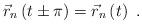
LaTeX: \begin{align*}\vec{r}_{n}\left( t\pm \pi \right) =\vec{r}_{n}\left( t\right) ~.\end{align*}